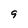
Character: 9